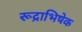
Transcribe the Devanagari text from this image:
रूद्राभिषेक